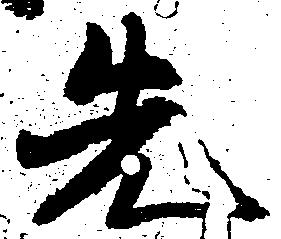
先